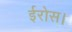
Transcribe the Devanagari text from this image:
ईरोस।